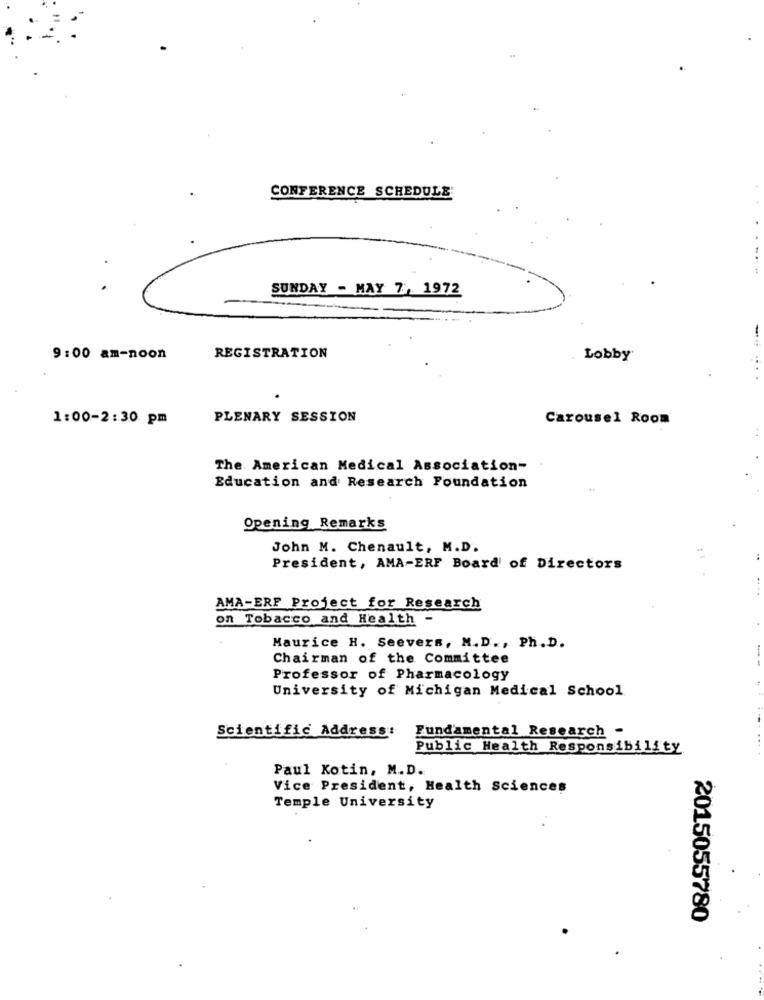
CONFERENCE SCHEDULE
SUNDAY - MAY 7, 1972
-
9:00 am-noon
REGISTRATION
Lobby
1:00-2:30 pm
PLENARY SESSION
Carousel Room
The American Medical Association-
Education and Research Foundation
Opening Remarks
John M. Chenault, M.D.
President, AMA-ERF Board of Directors
AMA-ERF Project for Research
on Tobacco and Health -
Maurice H. Seevers, M.D ., Ph. D.
Chairman of the Committee
-
Professor of Pharmacology
University of Michigan Medical School
Scientific Address:
Fundamental Research -
Public Health Responsibility
Paul Kotin, M.D.
Vice President, Health Sciences
Temple University
2015055780